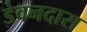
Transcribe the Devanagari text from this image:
डेवनदास